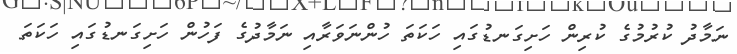
ނަމާދު ކުރުމުގެ ކުރިން ހަށިގަނޑުގައި ހަކަތަ ހުންނަވަރާއި ނަމާދުގެ ފަހުން ހަށިގަނޑުގައި ހަކަތަ